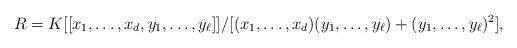
LaTeX: \begin{align*}R=K[[x_1, \dots , x_d, y_1, \dots, y_\ell]]/[(x_1, \dots , x_d)(y_1, \dots, y_\ell) + (y_1, \dots, y_\ell)^2],\end{align*}